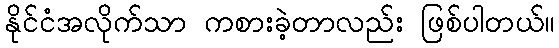
နိုင်ငံအလိုက်သာ ကစားခဲ့တာလည်း ဖြစ်ပါတယ်။